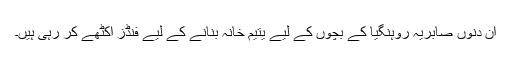
ان دنوں صابریہ روہنگیا کے بچوں کے لیے یتیم خانہ بنانے کے لیے فنڈز اکٹھے کر رہی ہیں۔